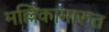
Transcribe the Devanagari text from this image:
मल्लिकामारुत